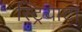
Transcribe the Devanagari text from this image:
स्ट्रियाटा